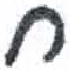
אות: ח